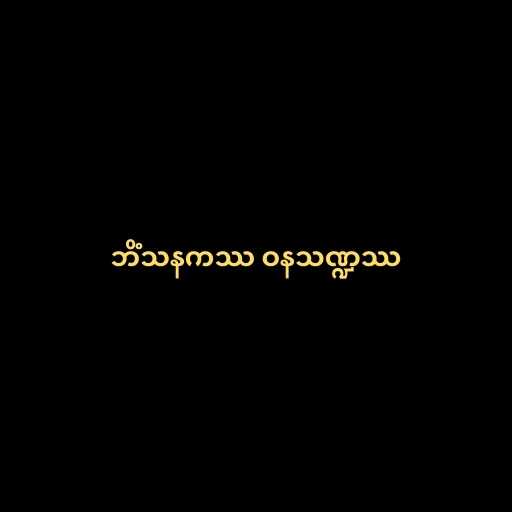
ဘိံသနကဿ ဝနသဏ္ဍဿ